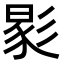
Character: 𢒧